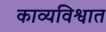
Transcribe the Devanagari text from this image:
काव्यविश्वात